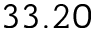
3 3 . 2 0